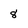
Character: 8